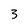
Character: 3